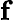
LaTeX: \mathbf{f}